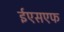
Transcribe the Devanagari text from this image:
ईएसएफ